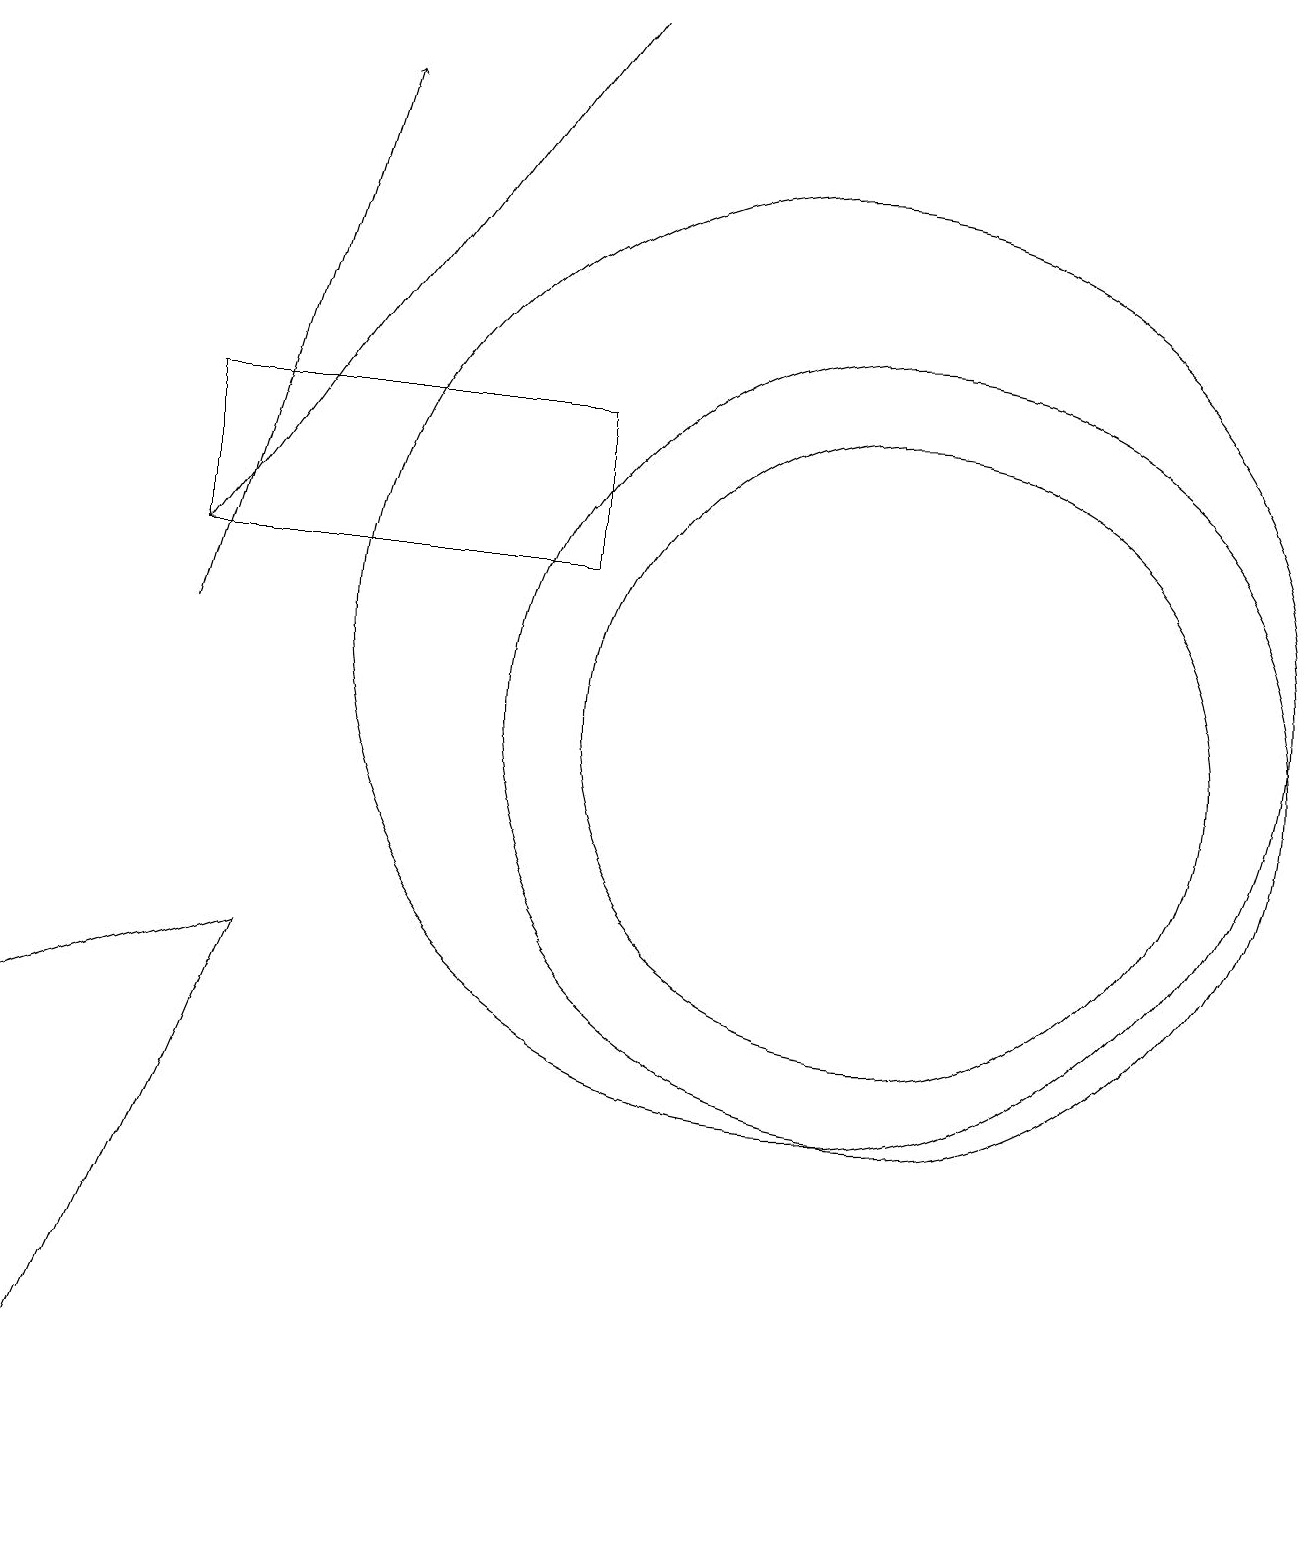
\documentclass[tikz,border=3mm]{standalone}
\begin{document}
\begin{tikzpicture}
\draw (11,10) circle (5);
\draw (0,0) -- (0,6) -- (3,7) -- cycle;
\draw (10,11) circle (6);
\draw[->] (7,19) -- (2,12);
\draw[->] (2,11) -- (4,18);
\draw (10,11) circle (0);
\draw (11,10) circle (4);
\draw (7,12) rectangle (2,14);
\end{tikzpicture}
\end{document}